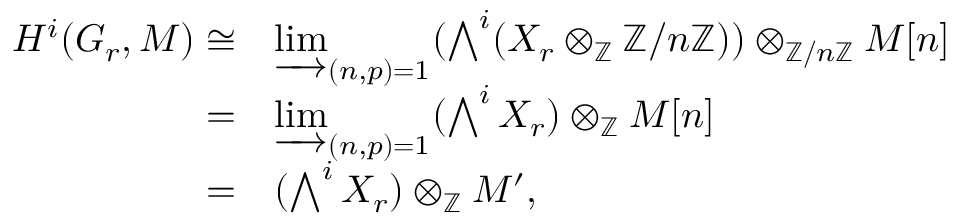
\begin{array} { r l } { H ^ { i } ( G _ { r } , M ) \cong } & { \varinjlim _ { ( n , p ) = 1 } ( \bigwedge ^ { i } ( X _ { r } \otimes _ { { \mathbb Z } } { \mathbb Z } / n { \mathbb Z } ) ) \otimes _ { { \mathbb Z } / n { \mathbb Z } } M [ n ] } \\ { = } & { \varinjlim _ { ( n , p ) = 1 } ( \bigwedge ^ { i } X _ { r } ) \otimes _ { { \mathbb Z } } M [ n ] } \\ { = } & { ( \bigwedge ^ { i } X _ { r } ) \otimes _ { { \mathbb Z } } M ^ { \prime } , } \end{array}